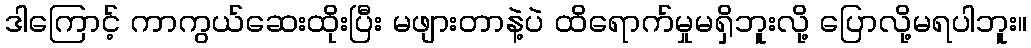
ဒါကြောင့် ကာကွယ်ဆေးထိုးပြီး မဖျားတာနဲ့ပဲ ထိရောက်မှုမရှိဘူးလို့ ပြောလို့မရပါဘူး။